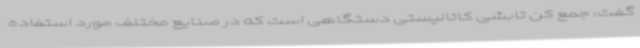
گفت: جمع کن تابشی کاتالیستی دستگاهی است که در صنایع مختلف مورد استفاده